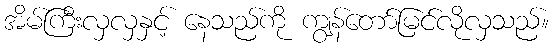
အိမ်ကြီးလှလှနှင့် နေသည်ကို ကျွန်တော်မြင်လိုလှသည်။